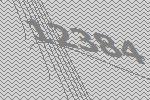
12384